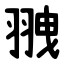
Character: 䎈